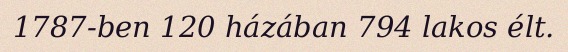
1787-ben 120 házában 794 lakos élt.